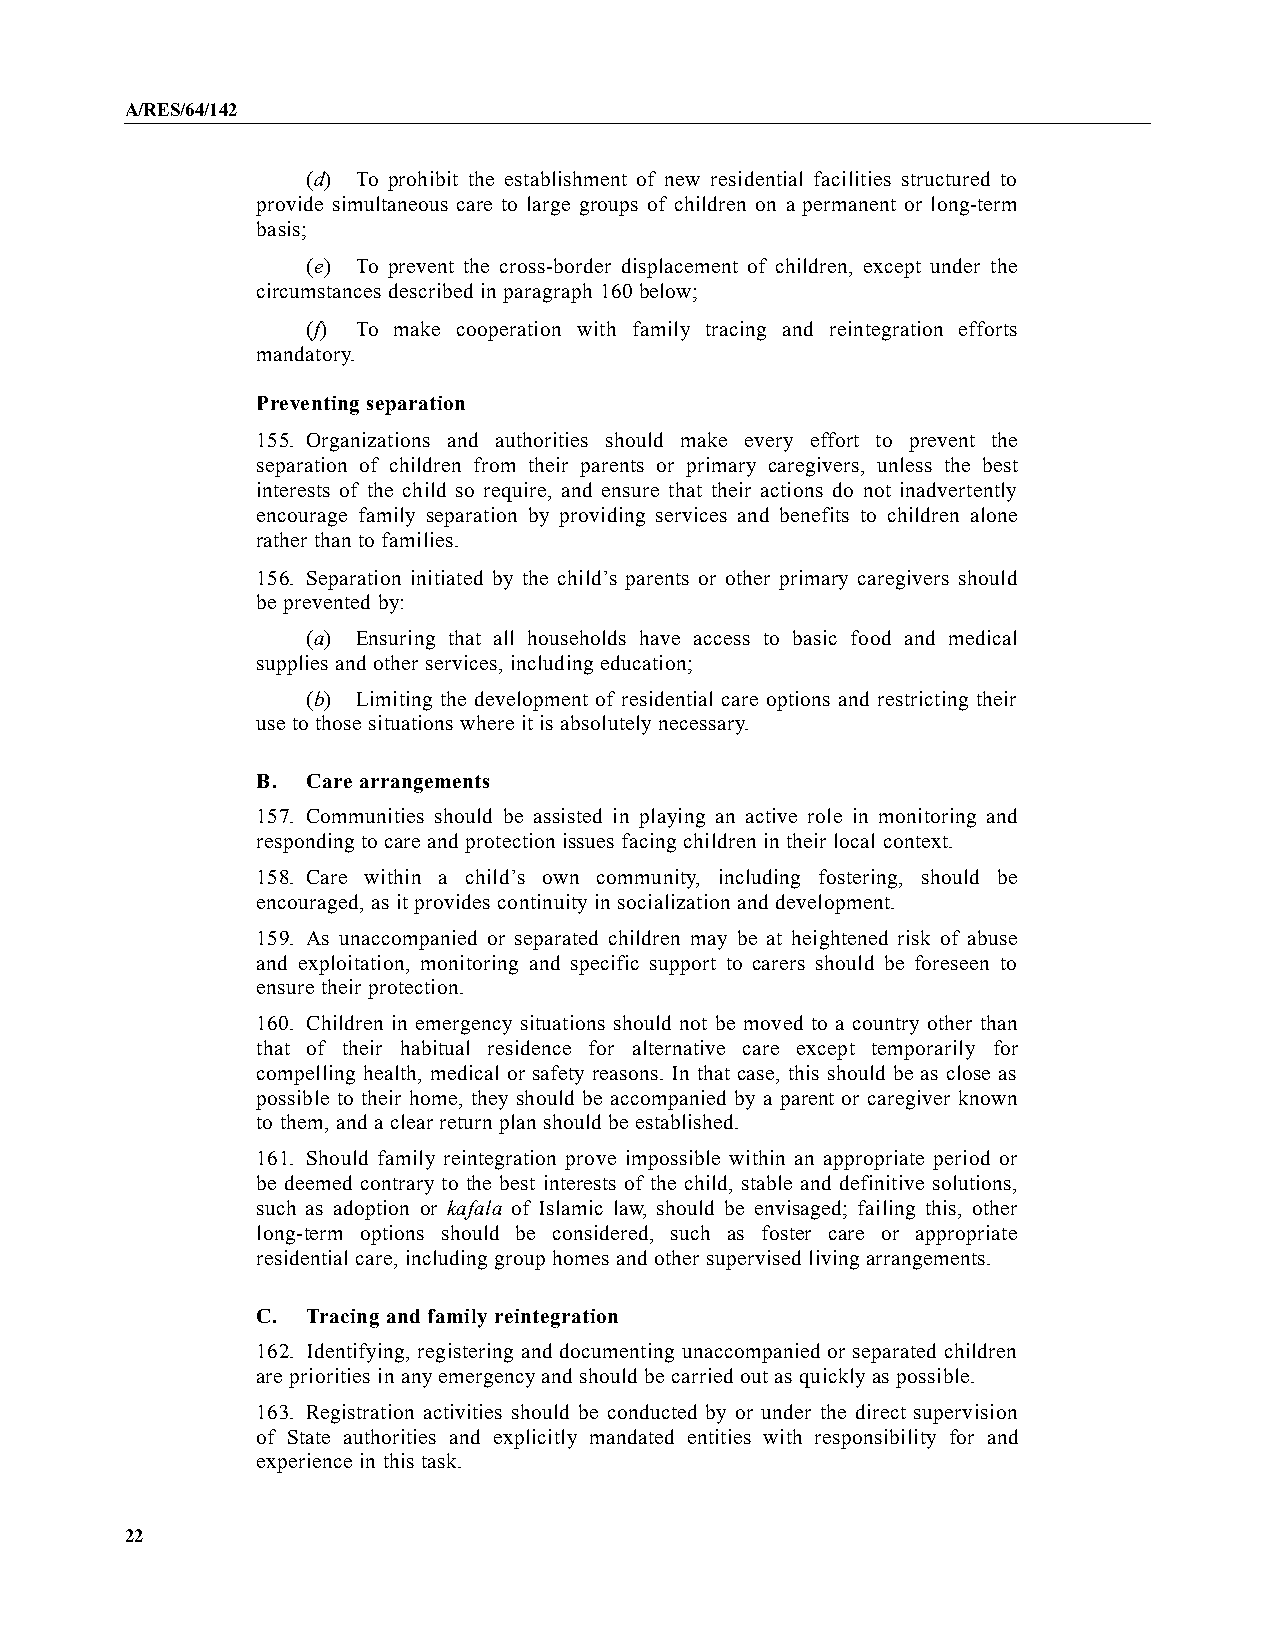
A/RES/64/142
 (d) To prohibit the establishment of new residential facilities structured to
 provide simultaneous care to large groups of children on a permanent or long-term
 basis;
 (e) To prevent the cross-border displacement of children, except under the
 circumstances described in paragraph 160 below;
 (f) To make cooperation with family tracing and reintegration efforts
 mandatory.
 Preventing separation
 155. Organizations and authorities should make every effort to prevent the
 separation of children from their parents or primary caregivers, unless the best
 interests of the child so require, and ensure that their actions do not inadvertently
 encourage family separation by providing services and benefits to children alone
 rather than to families.
 156. Separation initiated by the child’s parents or other primary caregivers should
 be prevented by:
 (a) Ensuring that all households have access to basic food and medical
 supplies and other services, including education;
 (b) Limiting the development of residential care options and restricting their
 use to those situations where it is absolutelynecessary.
 B. Care arrangements
 157. Communities should be assisted in playing an active role in monitoring and
 responding to care and protection issues facing children in their local context.
 158. Care within a child’s own community, including fostering, should be
 encouraged, as it provides continuityin socialization and development.
 159. As unaccompanied or separated children may be at heightened risk of abuse
 and exploitation, monitoring and specific support to carers should be foreseen to
 ensure their protection.
 160. Children in emergency situations should not be moved to a country other than
 that of their habitual residence for alternative care except temporarily for
 compelling health, medical or safety reasons. In that case, this should be as close as
 possible to their home, they should be accompanied by a parent or caregiver known
 to them, and a clear return plan should be established.
 161. Should family reintegration prove impossible within an appropriate period or
 be deemed contrary to the best interests of the child, stable and definitive solutions,
 such as adoption or kafala of Islamic law, should be envisaged; failing this, other
 long-term options should be considered, such as foster care or appropriate
 residential care, including group homes and other supervised living arrangements.
 C. Tracing and family reintegration
 162. Identifying, registering and documenting unaccompanied or separated children
 are priorities in anyemergencyand should be carried out as quicklyas possible.
 163. Registration activities should be conducted by or under the direct supervision
 of State authorities and explicitly mandated entities with responsibility for and
 experience in this task.
 22